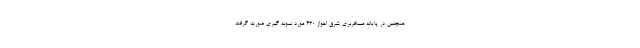
همچنین در پایانه مسافربری شرق اهواز ۴۳۰ مورد نمونه گیری صورت گرفت